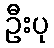
ဦးပု